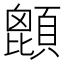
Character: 𩔙